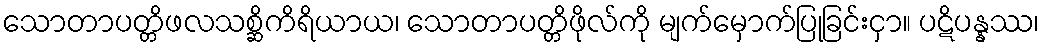
သောတာပတ္တိဖလသစ္ဆိကိရိယာယ၊ သောတာပတ္တိဖိုလ်ကို မျက်မှောက်ပြုခြင်းငှာ။ ပဋိပန္နဿ၊